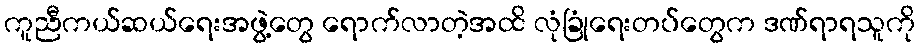
ကူညီကယ်ဆယ်ရေးအဖွဲ့တွေ ရောက်လာတဲ့အထိ လုံခြုံရေးတပ်တွေက ဒဏ်ရာရသူကို